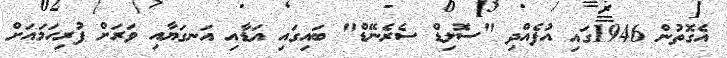
އެގޮތުން 1946ގައި އުފެއްދި "ސޮލިޑް ސެރެނޭޑް" ބައިގައި އަޑާއި އަނގަޔާއި ވަރަށް ފުރިހަމައަށް